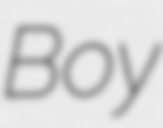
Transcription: Boy